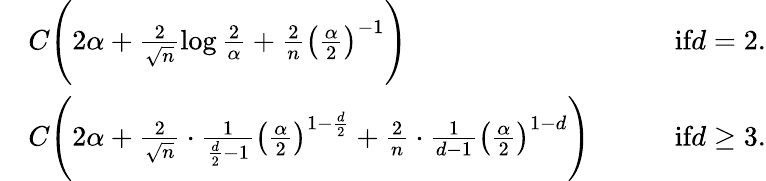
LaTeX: \begin{array}{rlr}&{C\Bigg(2\alpha+\frac{2}{\sqrt{n}}\log\frac 2{\alpha}+\frac{2}{n}\left(\frac{\alpha}{2}\right)^{-1}\Bigg)}&{\quad\textrm{if}d=2.}\\ &{C\Bigg(2\alpha+\frac{2}{\sqrt{n}}\cdot\frac{1}{\frac{d}{2}-1}\left(\frac{\alpha}{2}\right)^{1-\frac{d}{2}}+\frac{2}{n}\cdot\frac{1}{d-1}\left(\frac{\alpha}{2}\right)^{1-d}\Bigg)\quad}&{\textrm{if}d\geq 3.}\end{array}